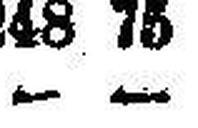
— —